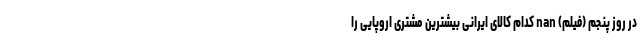
در روز پنجم (فیلم) nan کدام کالای ایرانی بیشترین مشتری اروپایی را